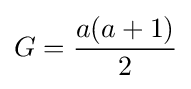
G={\frac {a(a+1)}{2}}